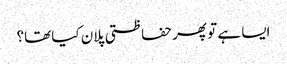
ایسا ہے تو پھر حفاظتی پلان کیا تھا؟